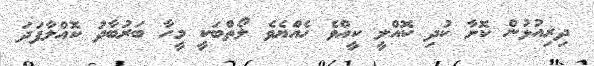
ދިރިއުޅުން ކޮށާ ކުދި ކޮއްލީ ކީއްވެ ހެއްޔެވެ ލޯތްބަކީ މީހާ ބަރުބާދު ކޮއްލާފަދަ